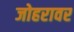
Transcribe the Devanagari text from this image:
जोहरावर